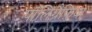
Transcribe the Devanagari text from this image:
पॉलिग्रैफ़िया